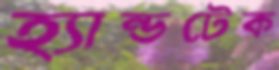
হ্যান্ডটেক